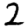
Digit: 2